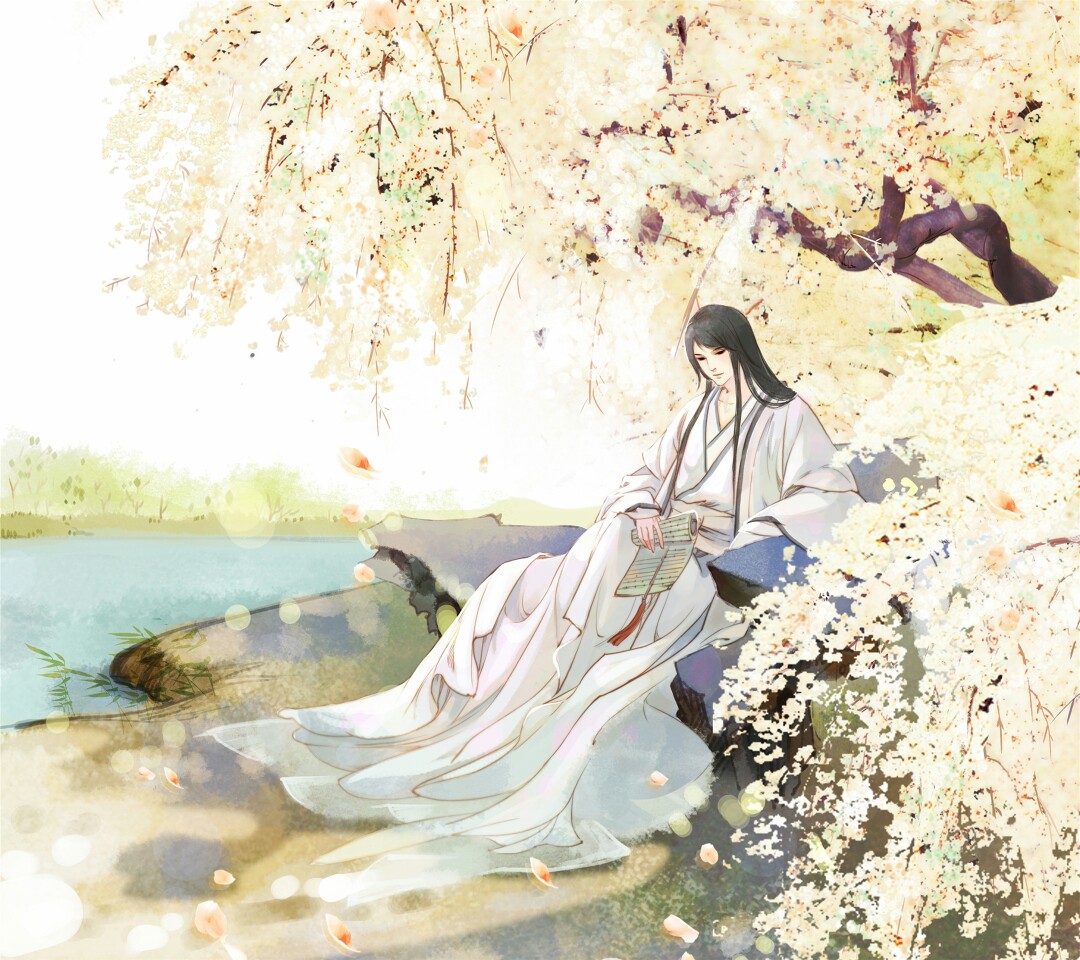
君若清路尘，妾若浊水泥